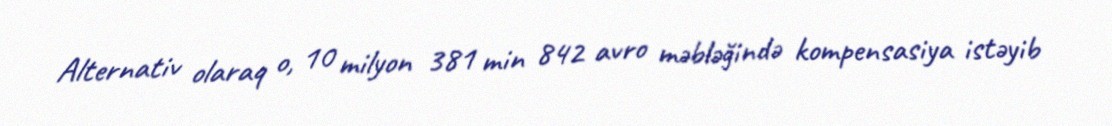
Alternativ olaraq o, 10 milyon 381 min 842 avro məbləğində kompensasiya istəyib